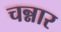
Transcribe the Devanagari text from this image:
चन्नार